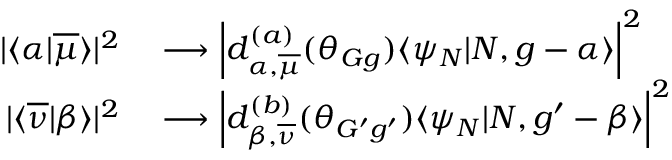
\begin{array} { r l } { | \langle \alpha | \overline { { \mu } } \rangle | ^ { 2 } } & { { } \longrightarrow \left| d _ { \alpha , \overline { { \mu } } } ^ { ( a ) } ( \theta _ { G g } ) \langle \psi _ { N } | N , g - \alpha \rangle \right| ^ { 2 } } \\ { | \langle \overline { { \nu } } | \beta \rangle | ^ { 2 } } & { { } \longrightarrow \left| d _ { \beta , \overline { { \nu } } } ^ { ( b ) } ( \theta _ { G ^ { \prime } g ^ { \prime } } ) \langle \psi _ { N } | N , g ^ { \prime } - \beta \rangle \right| ^ { 2 } } \end{array}